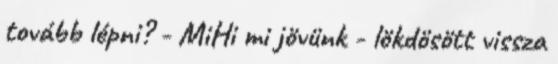
tovább lépni? - MiHi mi jövünk - lökdösött vissza